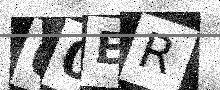
Text: 60ER